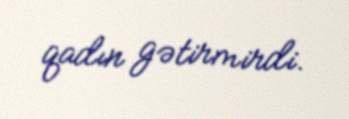
qadın gətirmirdi.